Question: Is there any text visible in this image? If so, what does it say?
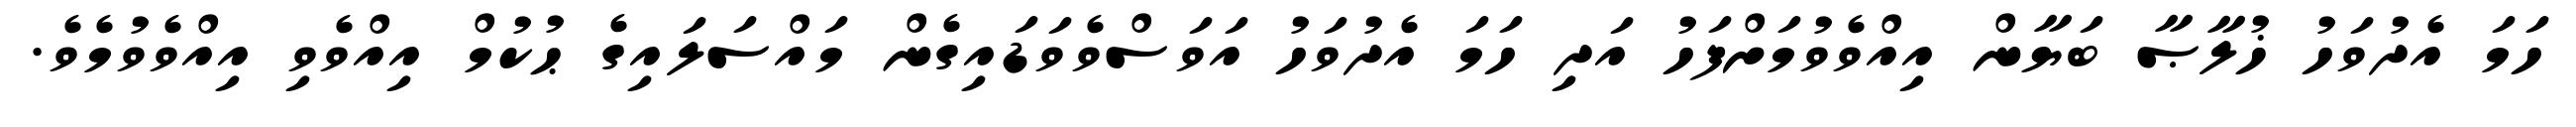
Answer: ހަމަ އެދުވަހު ޚުލާޞާ ބަޔާން އިއްވެވުމަށްފަހު އަދި ހަމަ އެދުވަހު އަވަސްވެވަޑައިގެން މައްސަލައިގެ ޙުކުމް އިއްވެވި އިއްވެވުމެވެ.